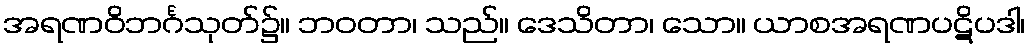
အရဏဝိဘင်္ဂသုတ်၌။ ဘဝတာ၊ သည်။ ဒေသိတာ၊ သော။ ယာစအရဏပဋိပဒါ၊